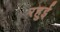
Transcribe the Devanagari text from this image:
रहुई